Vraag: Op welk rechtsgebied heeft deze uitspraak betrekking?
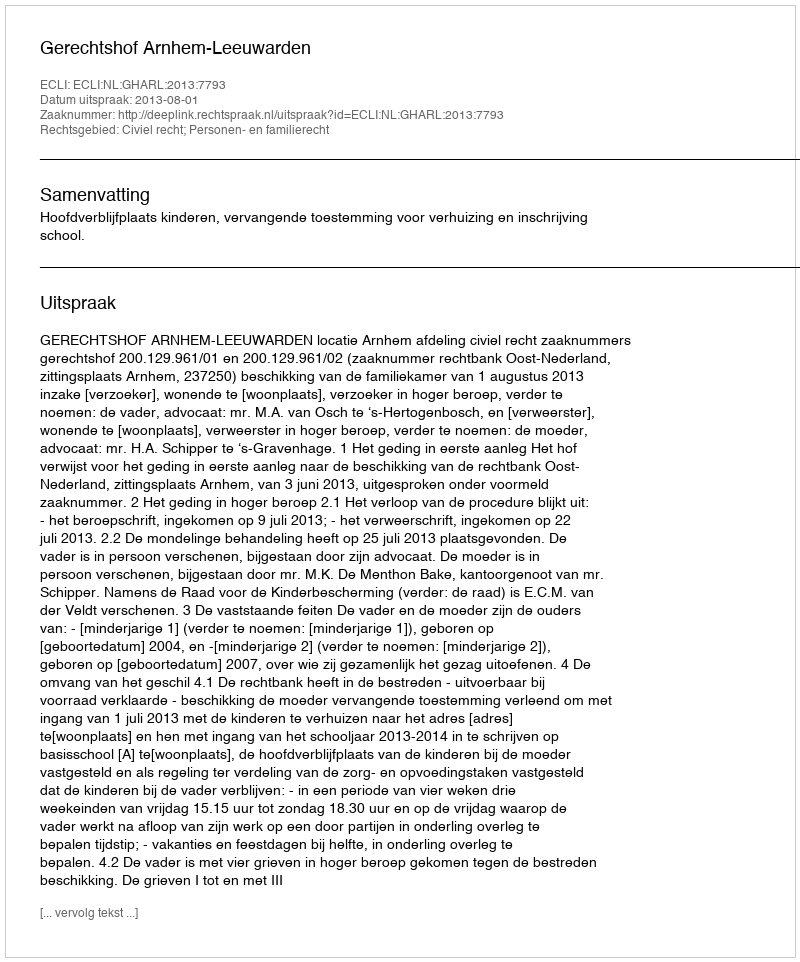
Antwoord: Civiel recht; Personen- en familierecht